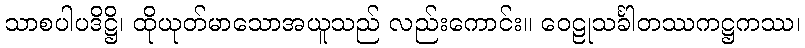
သာစပါပဒိဋ္ဌိ၊ ထိုယုတ်မာသောအယူသည် လည်းကောင်း။ ဝေဠုသင်္ခါတဿကဋ္ဌကဿ၊